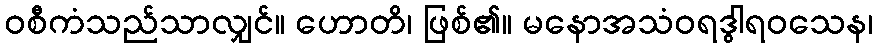
ဝစီကံသည်သာလျှင်။ ဟောတိ၊ ဖြစ်၏။ မနောအသံဝရဒွါရဝသေန၊